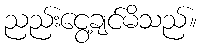
ညည်းငွေ့ချင်မိသည်။